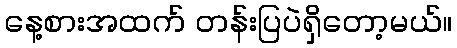
နေ့စားအထက် တန်းပြပဲရှိတော့မယ်။